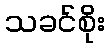
သခင်စိုး